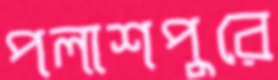
পলাশপুরে